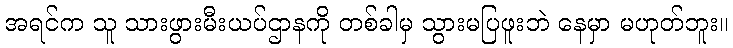
အရင်က သူ သားဖွားမီးယပ်ဌာနကို တစ်ခါမှ သွားမပြဖူးဘဲ နေမှာ မဟုတ်ဘူး။